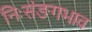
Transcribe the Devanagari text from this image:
निःसंङगभाव